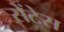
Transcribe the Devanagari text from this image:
सेंटेस